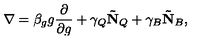
\nabla = \beta _ { g } g \frac { \partial } { \partial g } + \gamma _ { Q } \mathbf { \tilde { N } } _ { Q } + \gamma _ { B } \mathbf { \tilde { N } } _ { B } ,